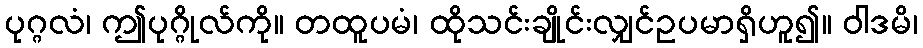
ပုဂ္ဂလံ၊ ဤပုဂ္ဂိုလ်ကို။ တထူပမံ၊ ထိုသင်းချိုင်းလျှင်ဥပမာရှိဟူ၍။ ဝါဒမိ၊